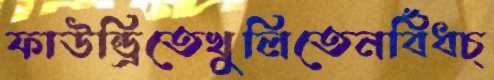
ফাউন্ড্রিতেখুলিতেনবিঁধচ্